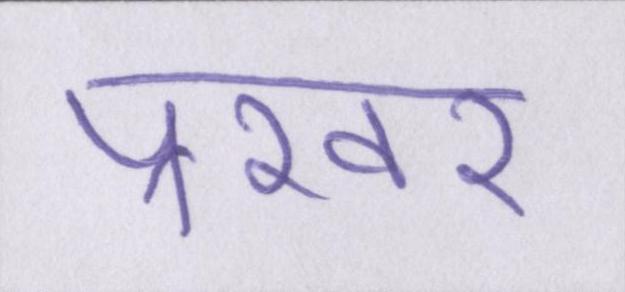
प्रखर